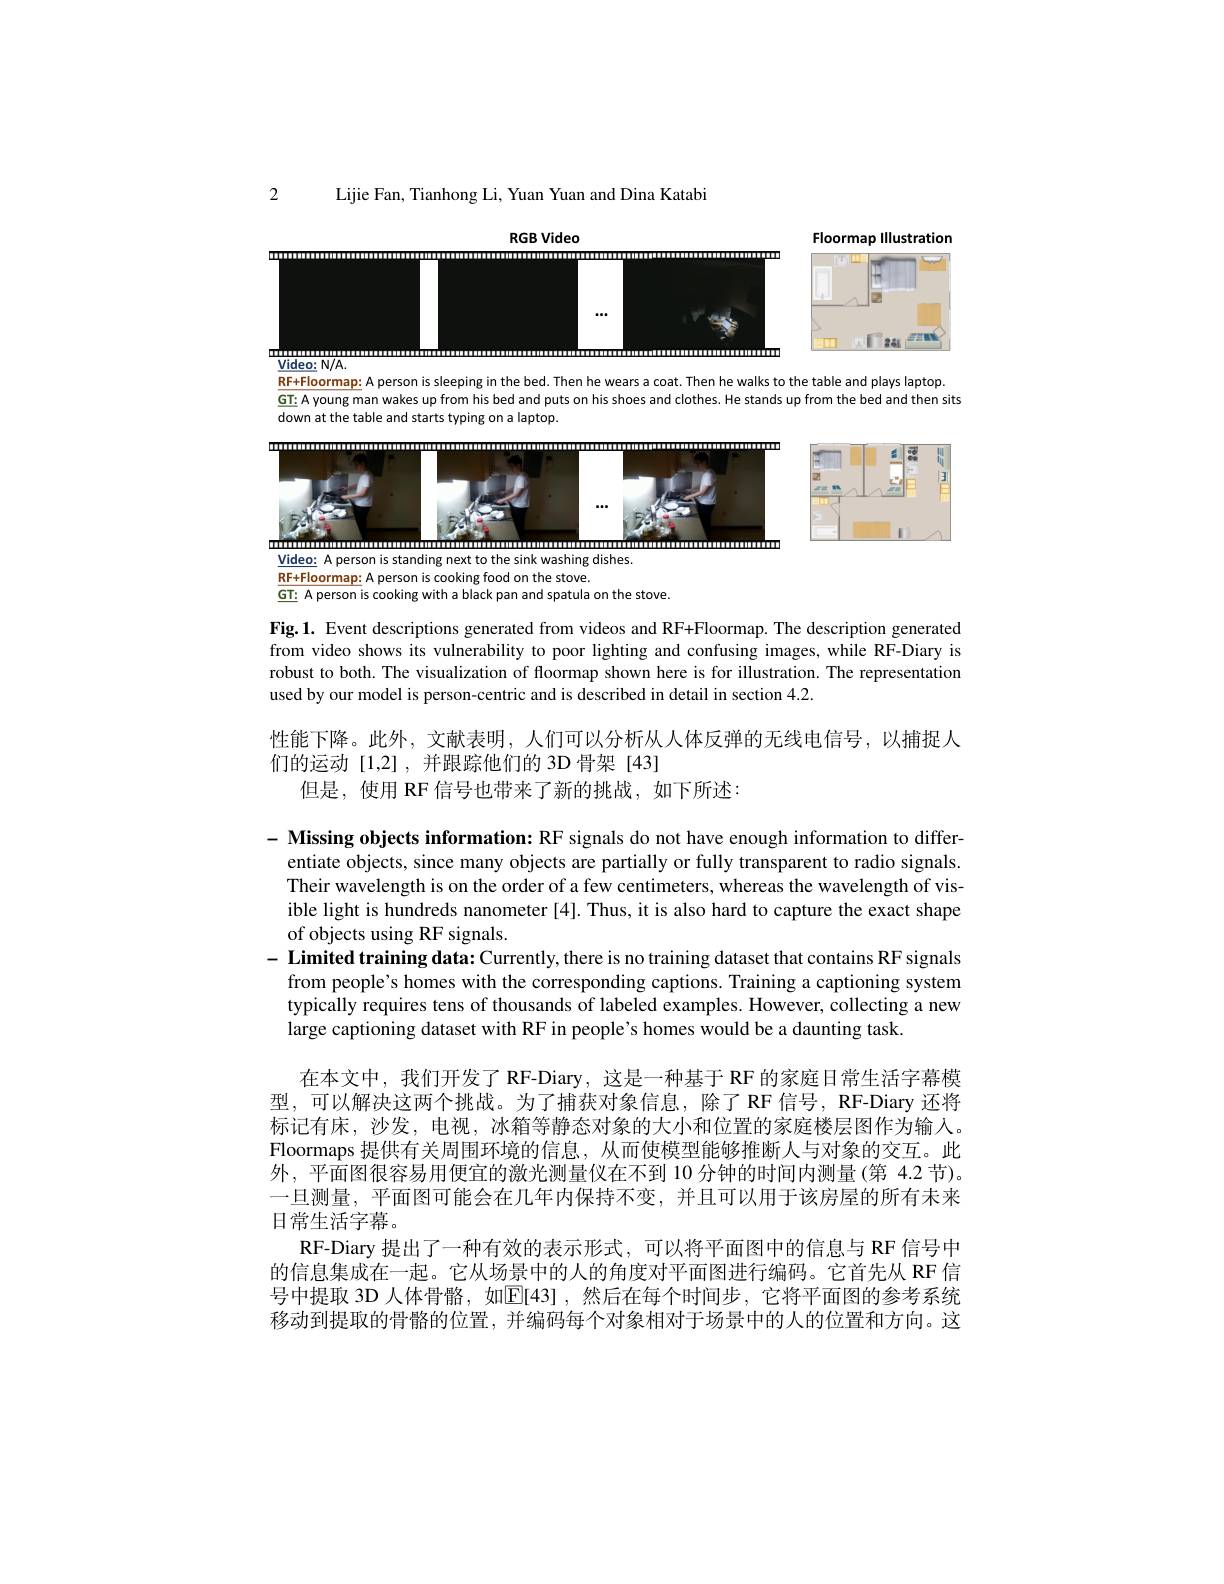
Lijie Fan, Tianhong Li, Yuan Yuan and Dina Katabi

2

<FigureHere>

$\underline{Video:}N/A.$

RF+Floormap: A person is sleeping in the bed. Then he wears a coat. Then he walks to the table and plays laptop.
GT: A young man wakes up from his bed and puts on his shoes and clothes. He stands up from the bed and then sits
down at the table and starts typing on a laptop.

<FigureHere>

$\underline{{\mathrm{GT:~A~person~is~cooking~with~a~black~pan~and~spatula~on~the~stove.}}}$

Fig.1. Event descriptions generated from videos and RF+Floormap. The description generated from video shows its vulnerability to poor lighting and confusing images, while RF-Diary is robust to both. The visualization of floormap shown here is for illustration. The representation used by our model is person-centric and is described in detail in section 4.2.

性能下降。此外，文献表明，人们可以分析从人体反弹的无线电信号，以捕捉人
们的运动[1,2],并跟踪他们的 3D 骨架[43]
但是，使用 RF 信号也带来了新的挑战，如下所述：

- Missing objects information: RF signals do not have enough information to differ-
entiate objects, since many objects are partially or fully transparent to radio signals. Their wavelength is on the order of a few centimeters, whereas the wavelength of visible light is hundreds nanometer [4]. Thus, it is also hard to capture the exact shape of objects using RF signals.
- Limited training data: Currently, there is no training dataset that contains RF signals
from people's homes with the corresponding captions. Training a captioning system typically requires tens of thousands of labeled examples. However, collecting a new large captioning dataset with RF in people's homes would be a daunting task.
在本文中，我们开发了 RF-Diary, 这是一种基于 RF 的家庭日常生活字幕模型，可以解决这两个挑战。为了捕获对象信息，除了RF 信号，RF-Diary 还将标记有床，沙发，电视，冰箱等静态对象的大小和位置的家庭楼层图作为输入。Floormaps 提供有关周围环境的信息，从而使模型能够推断人与对象的交互。此外，平面图很容易用便宜的激光测量仪在不到 10 分钟的时间内测量(第 4.2 节)。一旦测量，平面图可能会在几年内保持不变，并且可以用于该房屋的所有未来日常生活字幕。
RF-Diary 提出了一种有效的表示形式，可以将平面图中的信息与 RF 信号中的信息集成在一起。它从场景中的人的角度对平面图进行编码。它首先从 RF 信号中提取 3D 人体骨骼，如$\mathbb{E}[43]$ ,然后在每个时间步 ,它将平面图的参考系统移动到提取的骨骼的位置，并编码每个对象相对于场景中的人的位置和方向。这